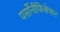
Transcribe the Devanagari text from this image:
पर्सोनीफिकेशन